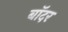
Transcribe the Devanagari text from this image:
बॉदर